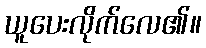
ယူပေးလိုက်လေ၏။